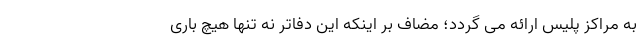
به مراکز پلیس ارائه می گردد؛ مضاف بر اینکه این دفاتر نه تنها هیچ باری